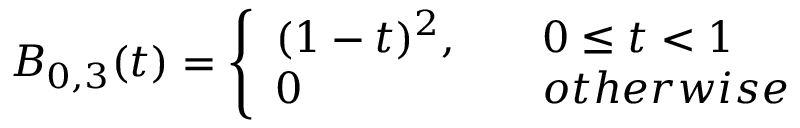
B _ { 0 , 3 } ( t ) = \left\{ \begin{array} { l l } { ( 1 - t ) ^ { 2 } , \quad } & { 0 \leq t < 1 } \\ { 0 \quad } & { o t h e r w i s e } \end{array} \right.